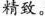
精致。